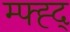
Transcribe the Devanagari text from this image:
म्फ्ह्द्